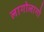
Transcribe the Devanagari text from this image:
लागोलागो